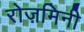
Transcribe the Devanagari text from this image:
रोज़मिनी